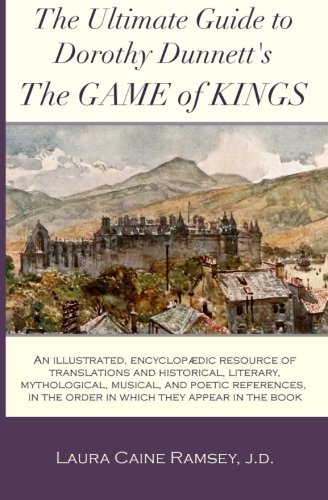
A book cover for The Ultimate Guide to Dorothy Dunnett's The Game of Kings: An illustrated, encyclopedic resource of  translations and historical, literary, ... in the order in which they appear in the book; Laura Caine Ramsey; Reference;